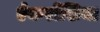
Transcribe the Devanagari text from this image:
ऐकरोंशिया